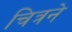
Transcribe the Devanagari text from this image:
चित्रने